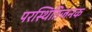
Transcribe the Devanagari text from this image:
परस्थितिजनक